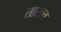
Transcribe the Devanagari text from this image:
तासच